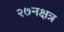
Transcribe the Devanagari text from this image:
२७नक्षत्र